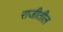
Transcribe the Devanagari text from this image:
राजीतील